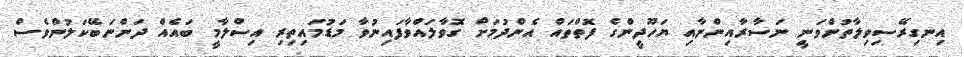
އިނގިރޭސިވިލާތުންވަނީ ނަސާރާއިންނާއި ޔަހޫދީންގެ ފޮތްތައް އެންދުމަށް ގޮވާލައްވާފައިނުވާ މަޑުމައިތިރި އިސްލާމީ ބައެއް ދަންނަބޭކަލުންވެސް